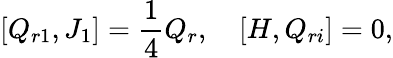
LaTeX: \lbrack{Q_{r1},J_{1}}\rbrack=\frac{1}{4}Q_{r},\quad\lbrack{H,Q_{ri}}\rbrack=0,